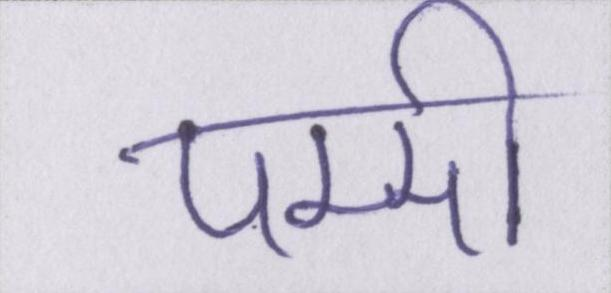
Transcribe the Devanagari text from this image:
पम्मी